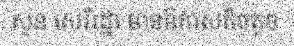
សួន សេរីរដ្ឋា មានឱកាសតិចតួច